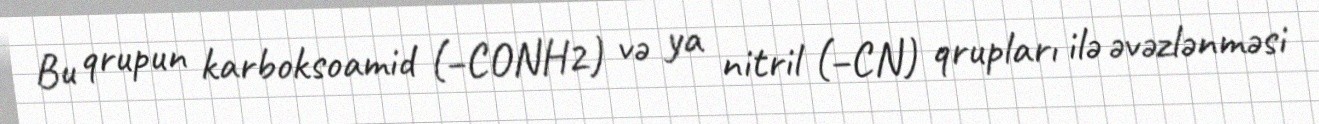
Bu qrupun karboksoamid (–CONH2) və ya nitril (–CN) qrupları ilə əvəzlənməsi